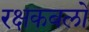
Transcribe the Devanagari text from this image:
रक्षकबलों